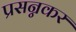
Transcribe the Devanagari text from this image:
प्रसन्नकर